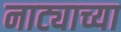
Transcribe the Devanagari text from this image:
नाट्याच्या